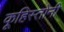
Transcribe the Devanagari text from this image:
कूहिस्तोनी